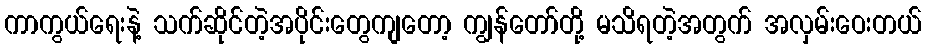
ကာကွယ်ရေးနဲ့ သက်ဆိုင်တဲ့အပိုင်းတွေကျတော့ ကျွန်တော်တို့ မသိရတဲ့အတွက် အလှမ်းဝေးတယ်